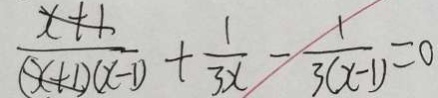
\frac { x + 1 } { ( x + 1 ) ( x - 1 ) } + \frac { 1 } { 3 x } - \frac { 1 } { 3 ( x - 1 ) } = 0